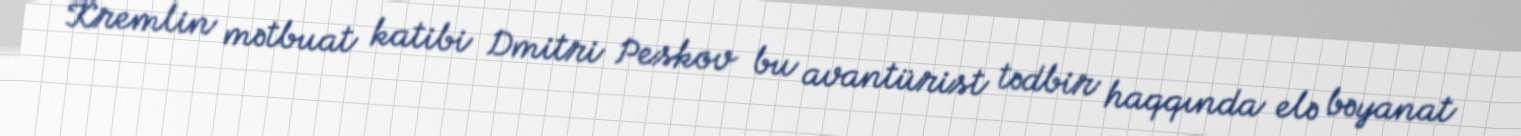
Kremlin mətbuat katibi Dmitri Peskov bu avantürist tədbir haqqında elə bəyanat